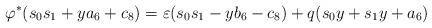
LaTeX: \begin{align*} \varphi^* (s_0 s_1 + y a_6 + c_8) = \varepsilon (s_0 s_1 - y b_6 - c_8) + q (s_0 y + s_1 y + a_6)\end{align*}